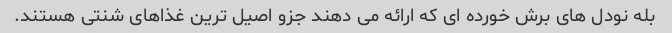
بله نودل های برش خورده ای که ارائه می دهند جزو اصیل ترین غذاهای شنتی هستند.